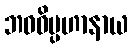
ဘဝဝိပ္ပဟာနာယ